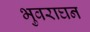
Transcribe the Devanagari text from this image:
भुवराघन